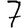
Digit: 7